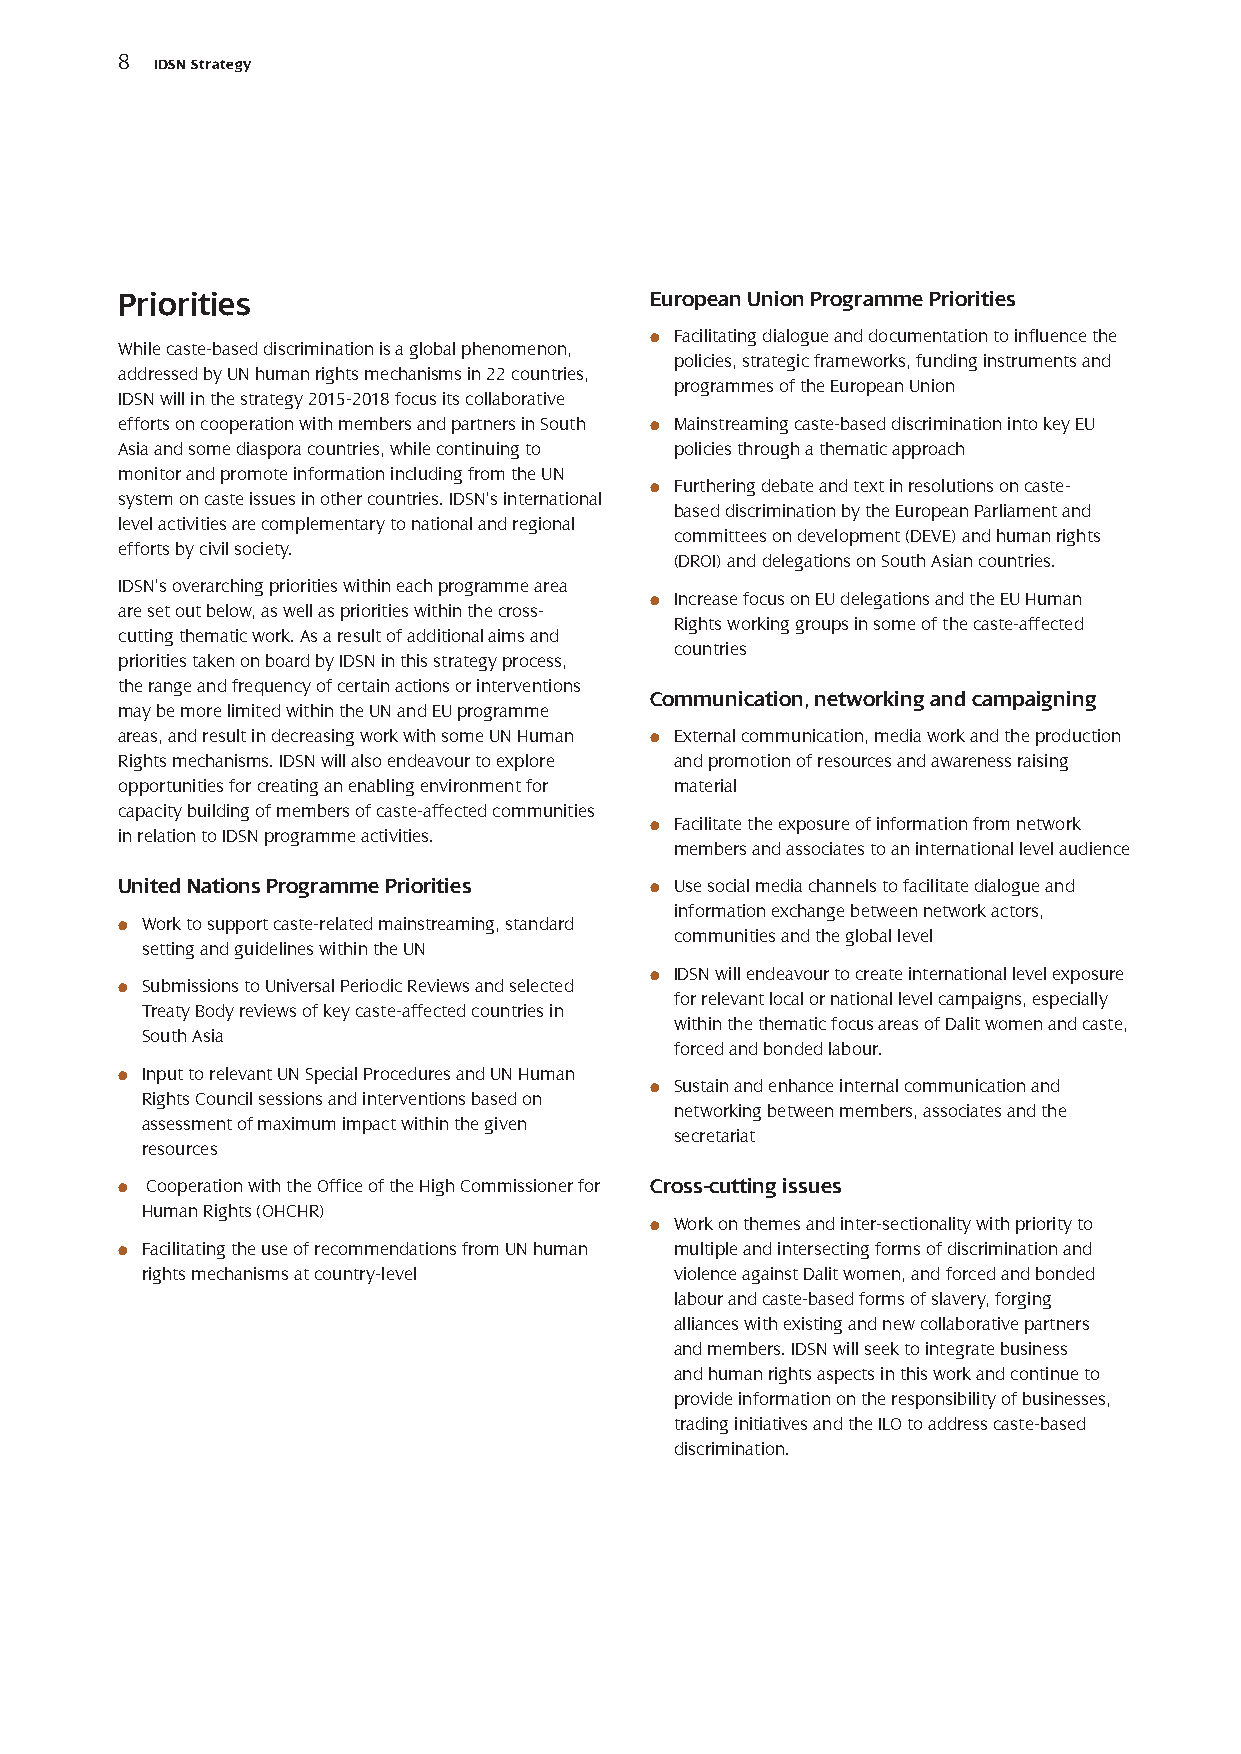
8
 IDSN Strategy
 Priorities                         European Union Programme Priorities
 ●● Facilitating dialogue and documentation to influence the
 While caste-based discrimination is a global phenomenon,
 policies, strategic frameworks, funding instruments and
 addressed by UN human rights mechanisms in 22 countries,
 programmes of the European Union
 IDSN will in the strategy 2015-2018 focus its collaborative
 efforts on cooperation with members and partners in South ●● Mainstreaming caste-based discrimination into key EU
 Asia and some diaspora countries, while continuing to policies through a thematic approach
 monitor and promote information including from the UN
 ●● Furthering debate and text in resolutions on caste-
 system on caste issues in other countries. IDSN’s international
 based discrimination by the European Parliament and
 level activities are complementary to national and regional
 committees on development (DEVE) and human rights
 efforts by civil society.
 (DROI) and delegations on South Asian countries.
 IDSN’s overarching priorities within each programme area
 ●● Increase focus on EU delegations and the EU Human
 are set out below, as well as priorities within the cross-
 Rights working groups in some of the caste-affected
 cutting thematic work. As a result of additional aims and
 countries
 priorities taken on board by IDSN in this strategy process,
 the range and frequency of certain actions or interventions
 Communication, networking and campaigning
 may be more limited within the UN and EU programme
 areas, and result in decreasing work with some UN Human ●● External communication, media work and the production
 Rights mechanisms. IDSN will also endeavour to explore and promotion of resources and awareness raising
 opportunities for creating an enabling environment for material
 capacity building of members of caste-affected communities
 ●● Facilitate the exposure of information from network
 in relation to IDSN programme activities.
 members and associates to an international level audience
 United Nations Programme Priorities ●● Use social media channels to facilitate dialogue and
 information exchange between network actors,
 ●● Work to support caste-related mainstreaming, standard
 communities and the global level
 setting and guidelines within the UN
 ●● IDSN will endeavour to create international level exposure
 ●● Submissions to Universal Periodic Reviews and selected
 for relevant local or national level campaigns, especially
 Treaty Body reviews of key caste-affected countries in
 within the thematic focus areas of Dalit women and caste,
 South Asia
 forced and bonded labour.
 ●● Input to relevant UN Special Procedures and UN Human
 ●● Sustain and enhance internal communication and
 Rights Council sessions and interventions based on
 networking between members, associates and the
 assessment of maximum impact within the given
 secretariat
 resources
 ●● Cooperation with the Office of the High Commissioner for Cross-cutting issues
 Human Rights (OHCHR)
 ●● Work on themes and inter-sectionality with priority to
 ●● Facilitating the use of recommendations from UN human multiple and intersecting forms of discrimination and
 rights mechanisms at country-level  violence against Dalit women, and forced and bonded
 labour and caste-based forms of slavery, forging
 alliances with existing and new collaborative partners
 and members. IDSN will seek to integrate business
 and human rights aspects in this work and continue to
 provide information on the responsibility of businesses,
 trading initiatives and the ILO to address caste-based
 discrimination.